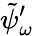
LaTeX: \tilde{\psi}_{\omega}^{\prime}